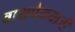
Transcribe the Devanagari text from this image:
वायपेययाजी